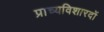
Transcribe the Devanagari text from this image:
प्राच्यविशारदों